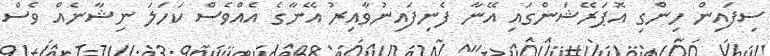
ސިފައިން ހިންގި އޮޕަރޭޝަންގައި އޭނާ ފެނިފައިނުވާއިރު އޭނާގެ އެއްވެސް ކަހަލަ ނިޝާނެއް ވެސް